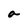
Character: a